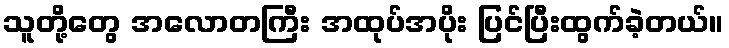
သူတို့တွေ အလောတကြီး အထုပ်အပိုး ပြင်ပြီးထွက်ခဲ့တယ်။